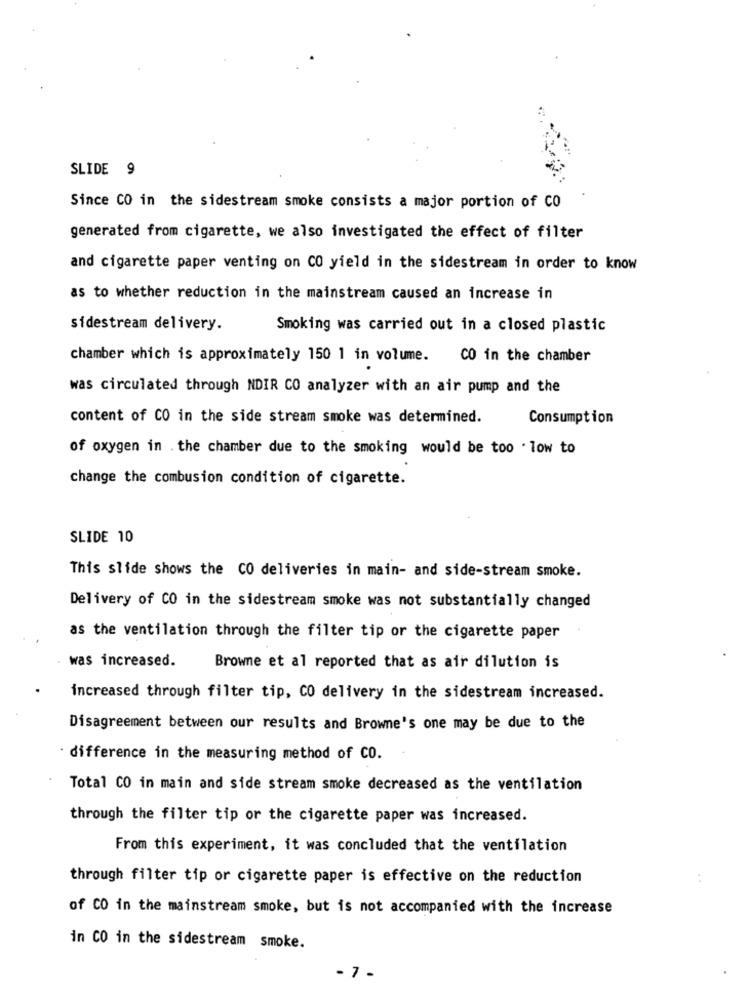
SLIDE 9
Since CO in the sidestream smoke consists a major portion of CO
generated from cigarette, we also investigated the effect of filter
and cigarette paper venting on CO yield in the sidestream in order to know
as to whether reduction in the mainstream caused an increase in
sidestream delivery.
Smoking was carried out in a closed plastic
chamber which is approximately 150 1 in volume. CO in the chamber
was circulated through NDIR CO analyzer with an air pump and the
content of CO in the side stream smoke was determined.
Consumption
of oxygen in .the chamber due to the smoking would be too . low to
change the combusion condition of cigarette.
SLIDE 10
This slide shows the CO deliveries in main- and side-stream smoke.
Delivery of CO in the sidestream smoke was not substantially changed
as the ventilation through the filter tip or the cigarette paper
was increased.
Browne et al reported that as air dilution is
increased through filter tip, CO delivery in the sidestream increased.
Disagreement between our results and Browne's one may be due to the
difference in the measuring method of CO.
Total CO in main and side stream smoke decreased as the ventilation
through the filter tip or the cigarette paper was increased.
From this experiment, it was concluded that the ventilation
through filter tip or cigarette paper is effective on the reduction
. .
of CO in the mainstream smoke, but is not accompanied with the increase
in CO in the sidestream smoke.
- 7 -